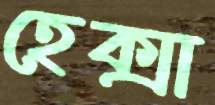
হেক্সা